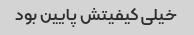
خیلی کیفیتش پایین بود